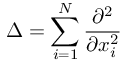
\Delta = \sum _ { i = 1 } ^ { N } \frac { \partial ^ { 2 } } { \partial x _ { i } ^ { 2 } }